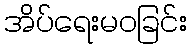
အိပ်ရေးမဝခြင်း